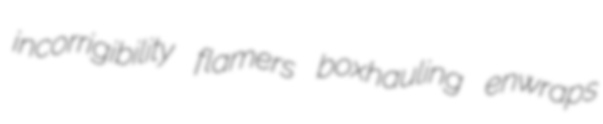
incorrigibility flamers boxhauling enwraps